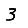
Digit: 3